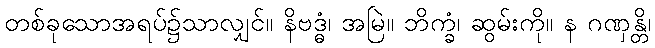
တစ်ခုသောအရပ်၌သာလျှင်။ နိဗဒ္ဓံ၊ အမြဲ။ ဘိက္ခံ၊ ဆွမ်းကို။ န ဂဏှန္တိ၊